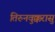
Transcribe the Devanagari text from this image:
तिरुनवुक्करासु